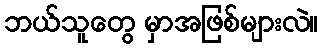
ဘယ်သူတွေ မှာအဖြစ်များလဲ။